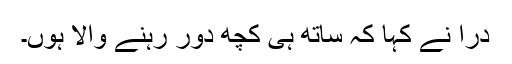
دراؔ نے کہا کہ ساتھ ہی کچھ دور رہنے والا ہوں۔